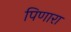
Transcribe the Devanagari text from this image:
पिणारा